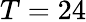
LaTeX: T=24